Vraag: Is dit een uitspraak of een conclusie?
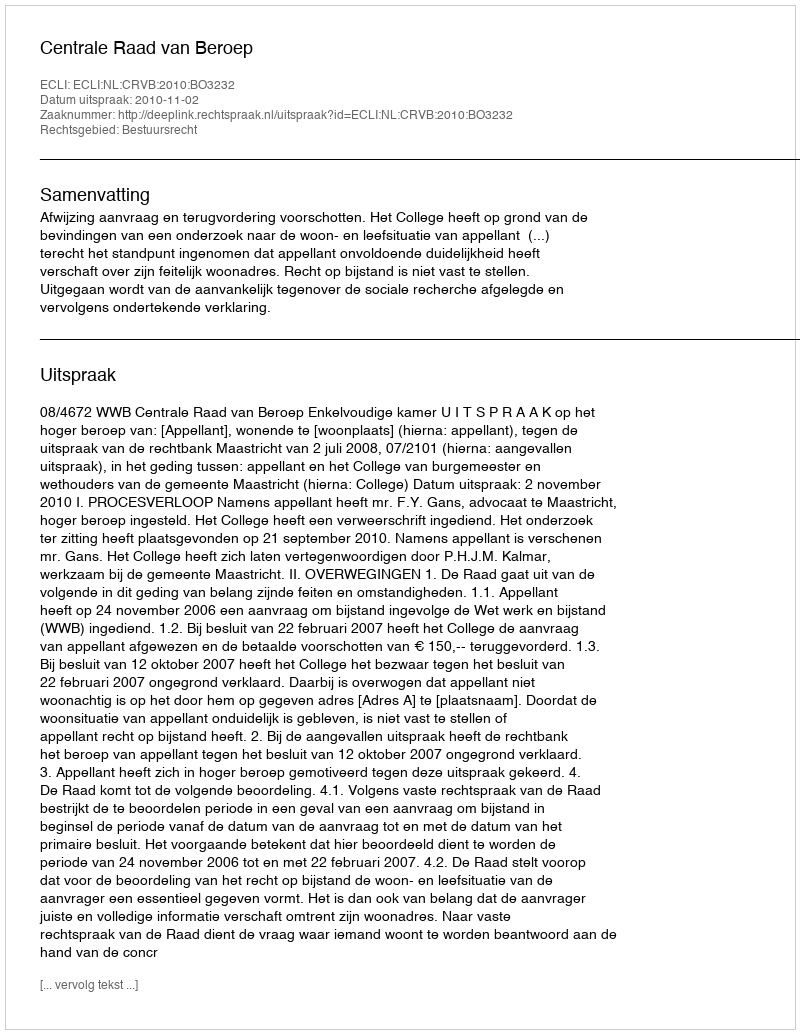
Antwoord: Uitspraak